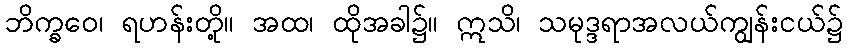
ဘိက္ခဝေ၊ ရဟန်းတို့။ အထ၊ ထိုအခါ၌။ ဣသိ၊ သမုဒ္ဒရာအလယ်ကျွန်းငယ်၌